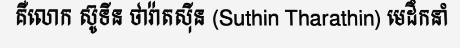
គឺលោក ស៊ូទីន ថារ៉ាតស៊ីន (Suthin Tharathin) មេដឹកនាំ